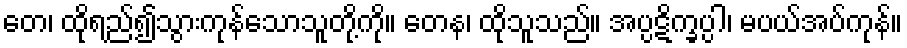
တေ၊ ထိုရည်၍သွားကုန်သောသူတို့ကို။ တေန၊ ထိုသူသည်။ အပ္ပဋိက္ခပ္ပါ၊ မပယ်အပ်ကုန်။